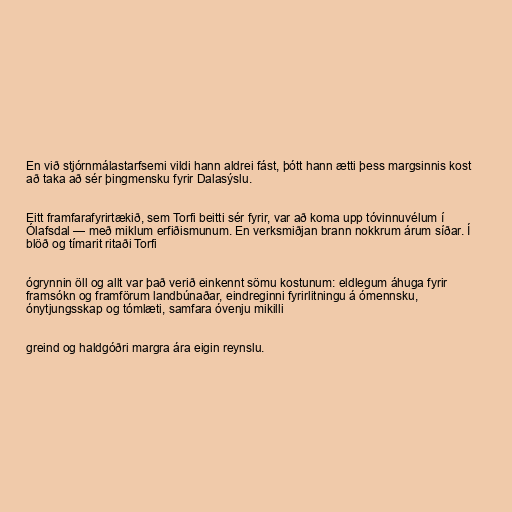
En við stjórnmálastarfsemi vildi hann aldrei fást, þótt hann ætti þess margsinnis kost
að taka að sér þingmensku fyrir Dalasýslu.

Eitt framfarafyrirtækið, sem Torfi beitti sér fyrir, var að koma upp tóvinnuvélum í
Ólafsdal — með miklum erfiðismunum. En verksmiðjan brann nokkrum árum síðar. Í
blöð og tímarit ritaði Torfi

ógrynnin öll og allt var það verið einkennt sömu kostunum: eldlegum áhuga fyrir
framsókn og framförum landbúnaðar, eindreginni fyrirlitningu á ómennsku,
ónytjungsskap og tómlæti, samfara óvenju mikilli

greind og haldgóðri margra ára eigin reynslu.